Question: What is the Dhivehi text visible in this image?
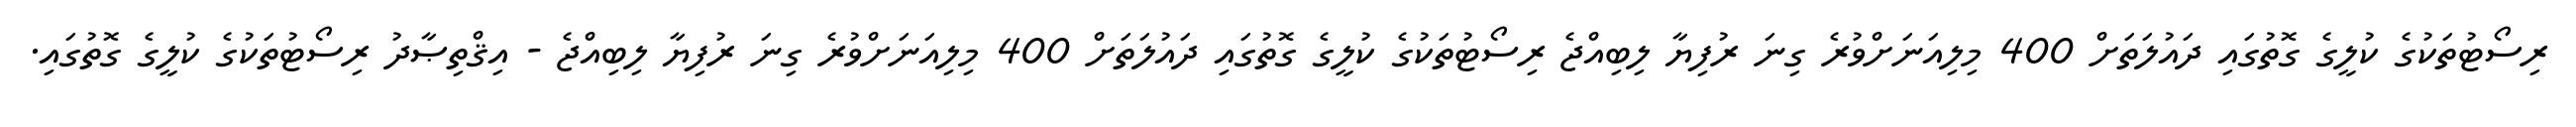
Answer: ރިސޯޓުތަކުގެ ކުލީގެ ގޮތުގައި ދައުލަތަށް 400 މިލިއަނަށްވުރެ ގިނަ ރުފިޔާ ލިބިއްޖެ ރިސޯޓުތަކުގެ ކުލީގެ ގޮތުގައި ދައުލަތަށް 400 މިލިއަނަށްވުރެ ގިނަ ރުފިޔާ ލިބިއްޖެ - އިޤްތިޞާދު ރިސޯޓުތަކުގެ ކުލީގެ ގޮތުގައި.